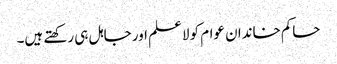
حاکم خاندان عوام کو لاعلم اور جاہل ہی رکھتے ہیں۔